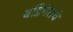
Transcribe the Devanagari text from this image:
बडिगेरांचे